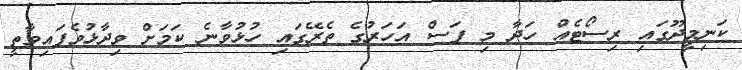
ކަނިމީދޫގައި ރިސޯޓެއް ހަދާ މި ފަސް އަހަރުގެ ތެރޭގައި ހުޅުވާނެ ކަމަށް ވިދާޅުވެފައިވާތީ